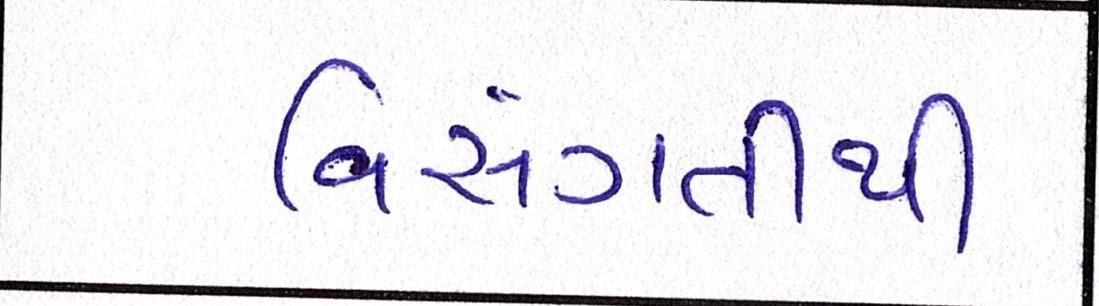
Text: વિસંગતીથી